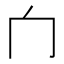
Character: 𰃦